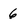
Character: 6